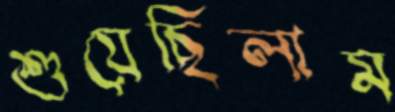
শুয়েছিলাম